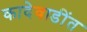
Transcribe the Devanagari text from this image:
कादेवाडींत